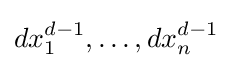
dx_{1}^{d-1},\ldots ,dx_{n}^{d-1}